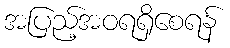
အပြည့်အဝရရှိစေရန်